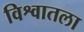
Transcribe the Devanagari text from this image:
विश्वातला